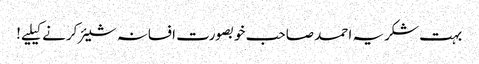
بہت شکریہ احمد صاحب خوبصورت افسانہ شیئر کرنے کیلیے!